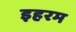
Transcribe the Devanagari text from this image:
इहरम